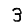
Digit: 3